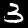
Label: 3